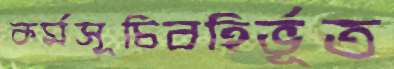
কর্মসূচিবহির্ভূত